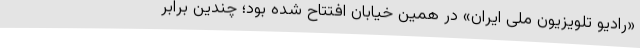
«رادیو تلویزیون ملی ایران» در همین خیابان افتتاح شده بود؛ چندین برابر